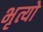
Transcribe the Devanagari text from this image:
भृत्यो